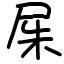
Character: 𡱖